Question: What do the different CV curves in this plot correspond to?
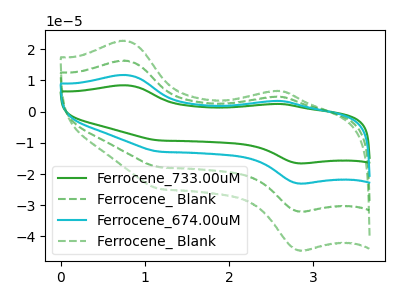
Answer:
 <answer>The green curve is labeled "Ferrocene_733.00uM". The green dashed curve is labeled "Ferrocene_ Blank". The cyan curve is labeled "Ferrocene_674.00uM". The green dashed curve is labeled "Ferrocene_ Blank".</answer>
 <eval></eval>